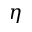
\eta